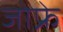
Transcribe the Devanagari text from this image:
जोफ्रे